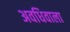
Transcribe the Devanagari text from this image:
अवधिवाला